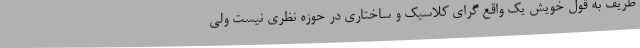
ظریف به قول خویش یک واقع گرای کلاسیک و ساختاری در حوزه نظری نیست ولی